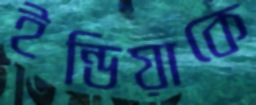
ইন্ডিয়াকে